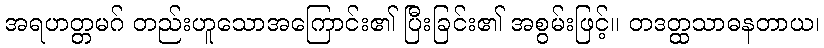
အရဟတ္တမဂ် တည်းဟူသောအကြောင်း၏ ပြီးခြင်း၏ အစွမ်းဖြင့်။ တဒတ္ထသာဓနတာယ၊